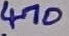
Text: 470